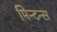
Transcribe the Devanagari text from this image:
मिन्टन्स